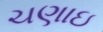
ચણાઇ